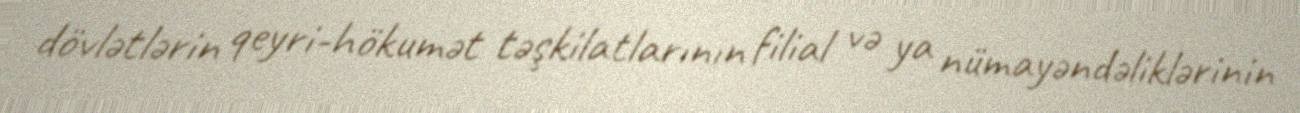
dövlətlərin qeyri-hökumət təşkilatlarının filial və ya nümayəndəliklərinin